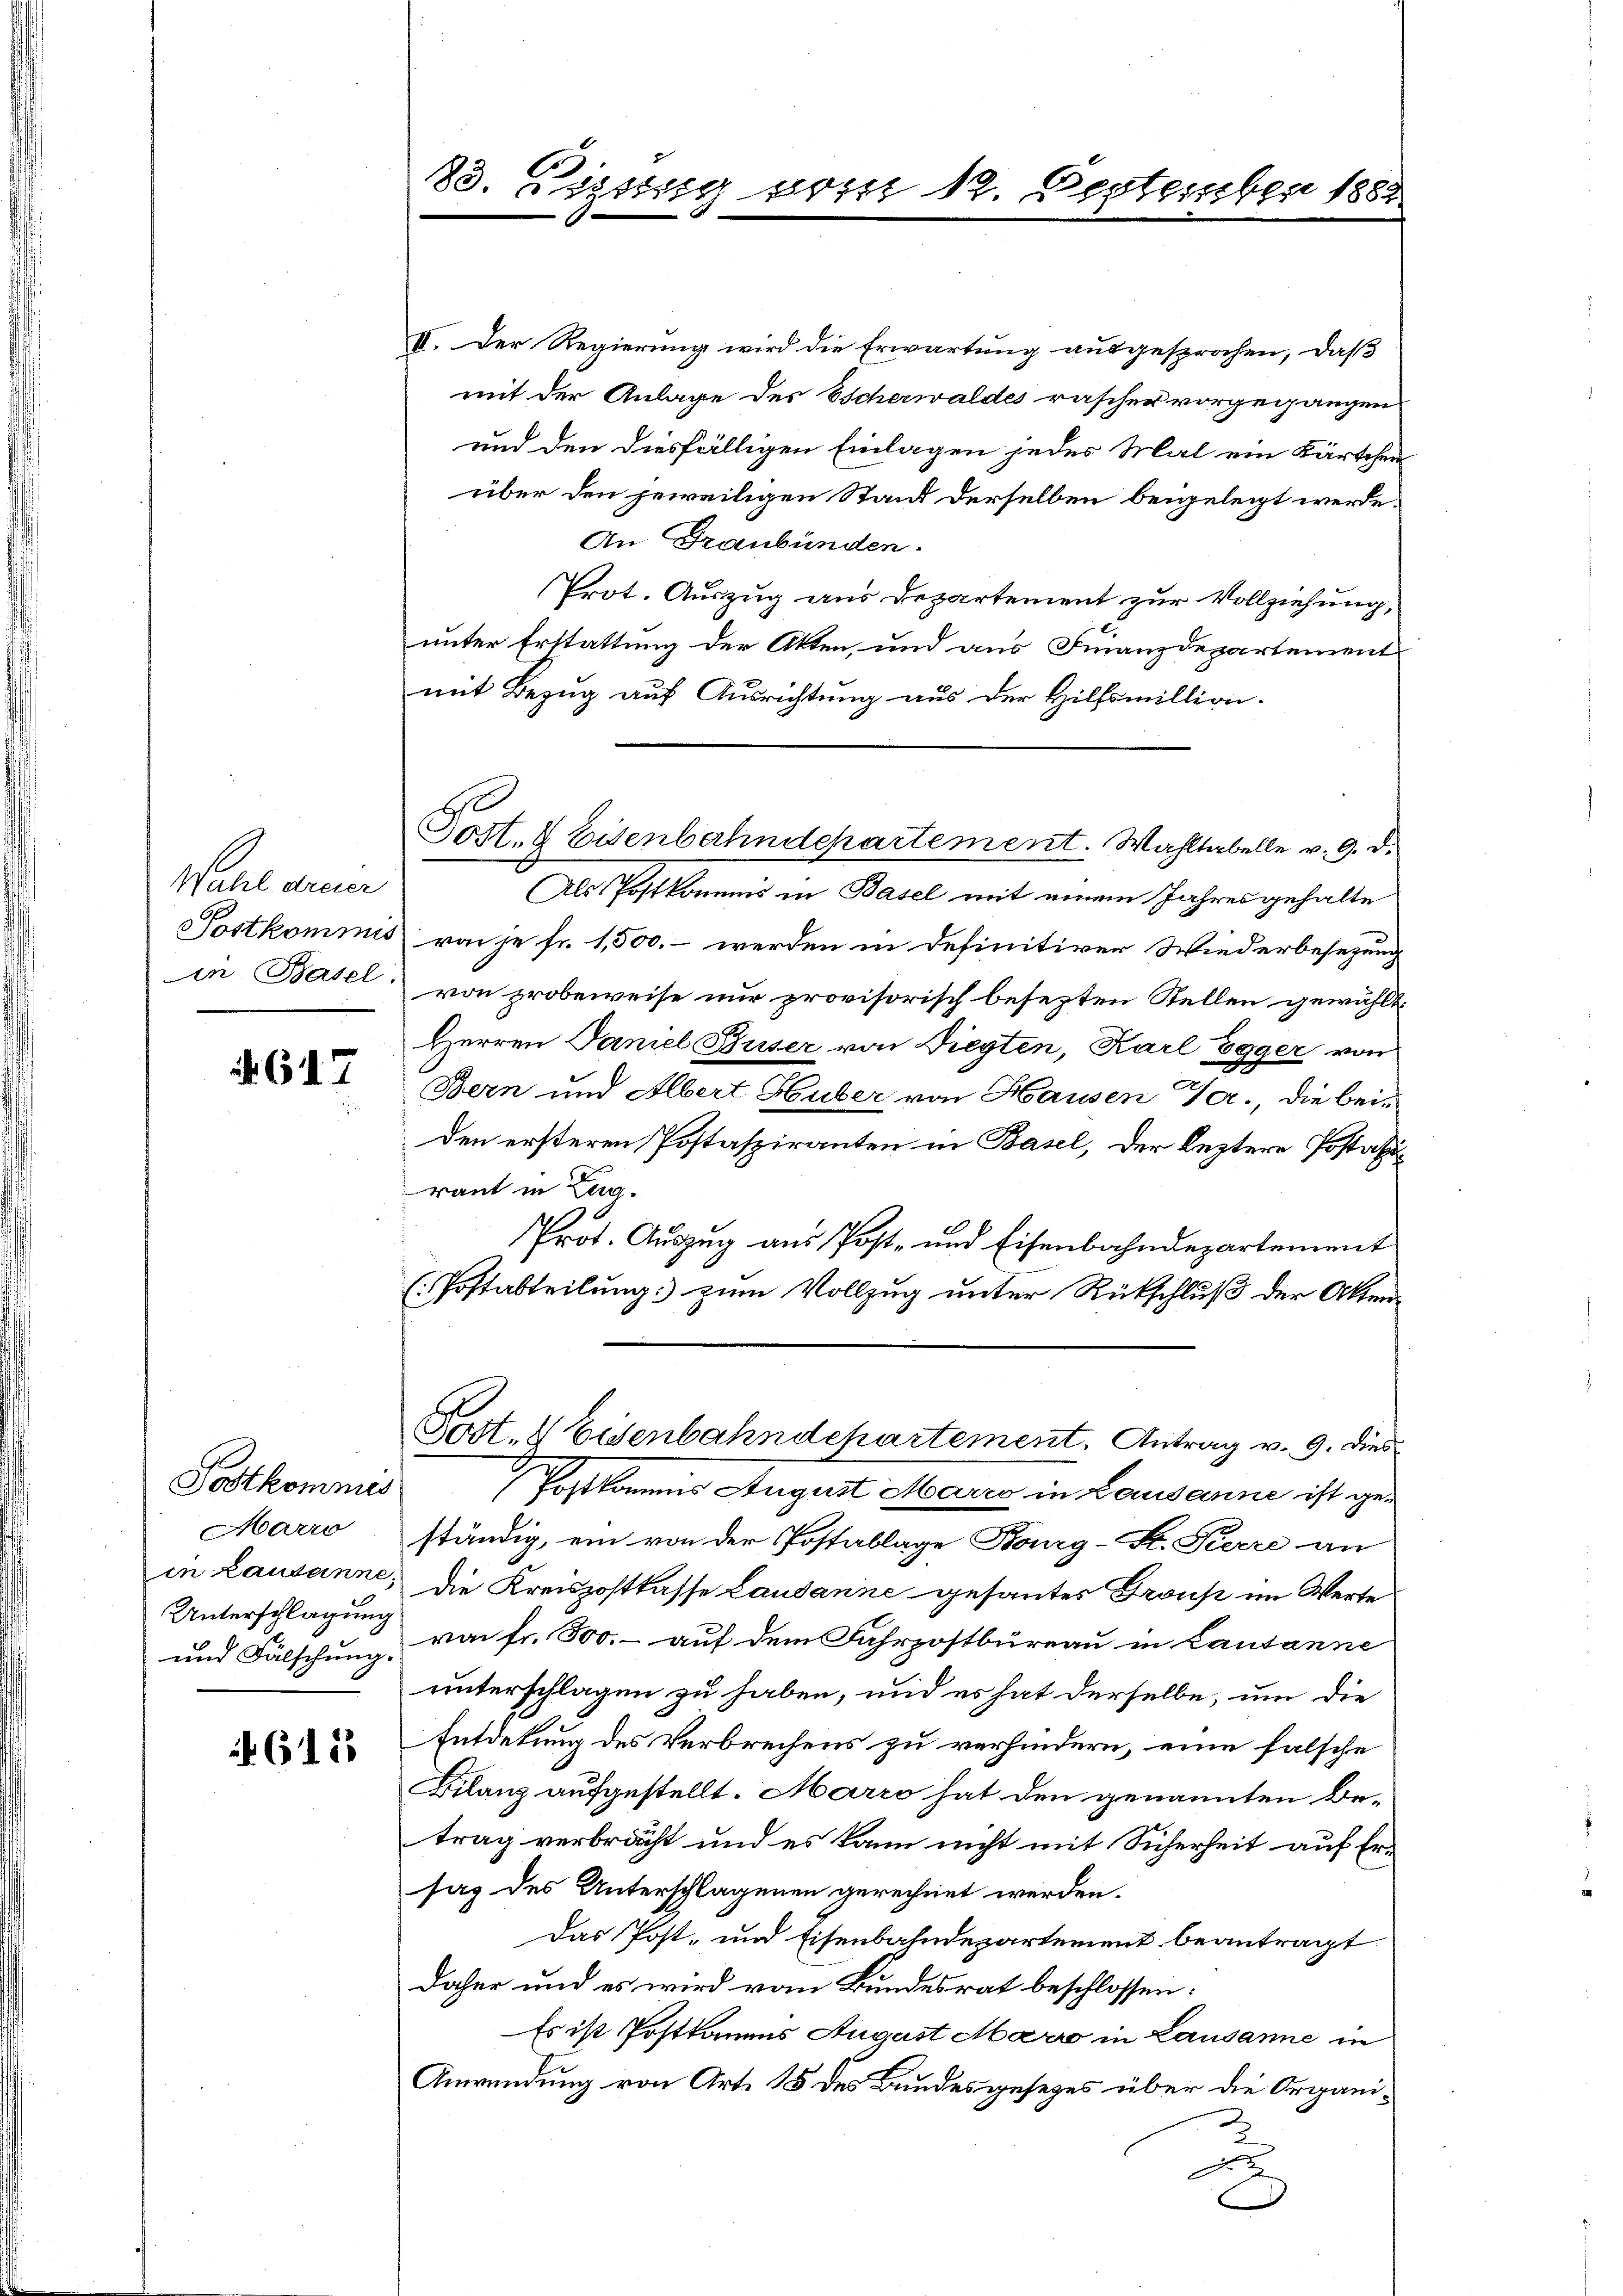
Wahl dreier
in Basel.

67

Postkomnis
Marro
Unterschlagung

615

83. Disszug vom 12. September 1882.

Pott. d Eisenbahndepartement. Wahltabelle v. 9. d.

II. Der Regierung wird die Erwartung ausgesprochen, daß
mit der Anlage des Escherwaldes rascher vorgegangen
und den diesfälligen Einlagen jedes Mal ein Kärtchen
über den jeweiligen Stand derselben beigelegt werde.
An Graubünden.
Prot. Auszug aus Departement zur Vollziehung,
unter Erstattung der Akten, und aus Finanzdepartement
mit Bezug auf Ausrichtung aus der Hilfsmillion.
Als Postkommis in Basel mit einem Jahresgehalte
Postkommis von je fr. 1,500.- werden in definitiver Wiederbesezung
von probeweise nur provisorisch besezten Stellen gewählt
Herren Paniel Buser von Diegten, Karl Egger von
Bern und Albert Huber von Hausen Ger., die beiden ersteren Postasziranten in Basel, der leztere Postatiraut in Zug.
Prot. Auszug aus Post- und Eisenbahndepartement
(Postabteilung zum Vollzug unter Rückschluß der Akten-
Post. 4 Eisenbahndepartement. Antrag v. 9. dies
Postkommnis August Marzo in Lausanne ist geständig, ein von der Postablage Bourg-St. Pierre an
in Lausanne, die Kreiszostkasse Lausanne gesantes Group im Werte
und Fälschung von fr. 500.- auf dem Fahrpostbüreau in Lausanne
unterschlagen zu haben, und es hat derselbe, um die
Entdekung des Verbrechens zu verhindern, eine falsche
Bilanz aufgestellt. Marro hat den genannten Betrag verbracht und es kann nicht mit Sicherheit auf Ersag des Unterschlagenen gerechnet werden.
Das Post- und Eisenbahndepartement beantragt.
daher und es wird vom Bundesrat beschlossen:
Es ist Postkamens August Maro in Lausanne in
Anwendung von Art. 15 des Bundesgesetzes über die Organi¬
u